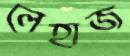
লেহাজ